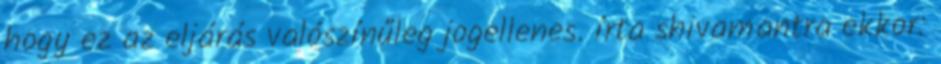
hogy ez az eljárás valószínűleg jogellenes. írta shivamantra ekkor: